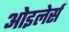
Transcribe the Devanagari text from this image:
ओइलेर्स